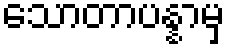
သောတာပန္နာမှ